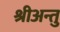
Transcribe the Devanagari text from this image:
श्रीअन्तु